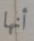
أنها